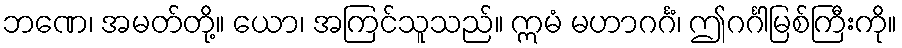
ဘဏေ၊ အမတ်တို့။ ယော၊ အကြင်သူသည်။ ဣမံ မဟာဂင်္ဂံ၊ ဤဂင်္ဂါမြစ်ကြီးကို။